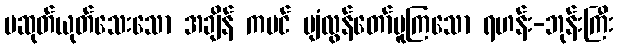
မဆုတ်ယုတ်သေးသော အချိန် ကပင် ပျံလွန်တော်မူကြသော ရဟန်း-ဘုန်းကြီး